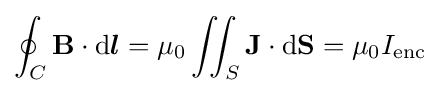
\oint _{C}\mathbf {B} \cdot \mathrm {d} {\boldsymbol {l}}=\mu _{0}\iint _{S}\mathbf {J} \cdot \mathrm {d} \mathbf {S} =\mu _{0}I_{\mathrm {enc} }